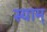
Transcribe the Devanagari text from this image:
स्याम्